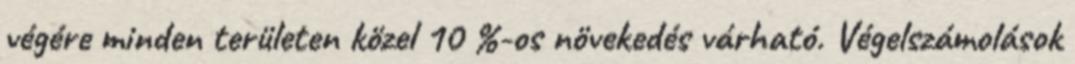
végére minden területen közel 10 %-os növekedés várható. Végelszámolások